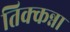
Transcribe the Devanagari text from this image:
तिक्कन्ना